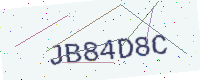
Text: JB84D8C